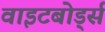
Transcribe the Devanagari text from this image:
वाइटबोर्ड्स